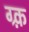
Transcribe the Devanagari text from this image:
ग्र्क़